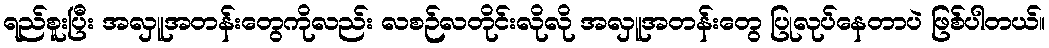
ရည်စူးပြီး အလှူအတန်းတွေကိုလည်း လစဉ်လတိုင်းလိုလို အလှူအတန်းတွေ ပြုလုပ်နေတာပဲ ဖြစ်ပါတယ်။